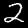
Digit: 2